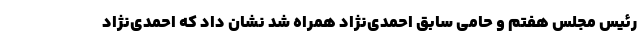
رئیس مجلس هفتم و حامی سابق احمدی‌نژاد همراه شد نشان داد که احمدی‌نژاد